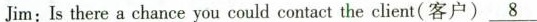
Jim: Is there a chance you could contact the client(客户)\underline{8}